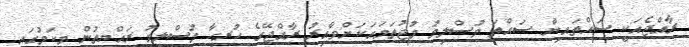
ރާއްޖެއަކީ ސައްތައިން ސައްތަ މުސްލިމު މުޖުތަމައަކަށްވާއިރު ރާއްޖޭގެ ހުރިހާ މުސްލިމު ރައްޔިތުން މިކަމުގައި